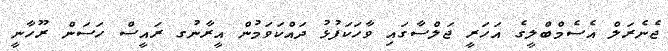
ޖެނެރަލް އެސެމްބްލީގެ އަހަރީ ޖަލްސާގައި ވާހަކަފުޅު ދައްކަވަމުން އީރާނުގ ރައީސް ހަސަން ރޫހާނީ